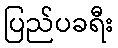
ပြည်ပခရီး